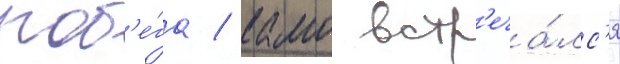
поб'е́га / камо встр'еча́лс'я